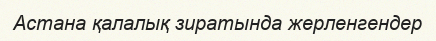
Астана қалалық зиратында жерленгендер